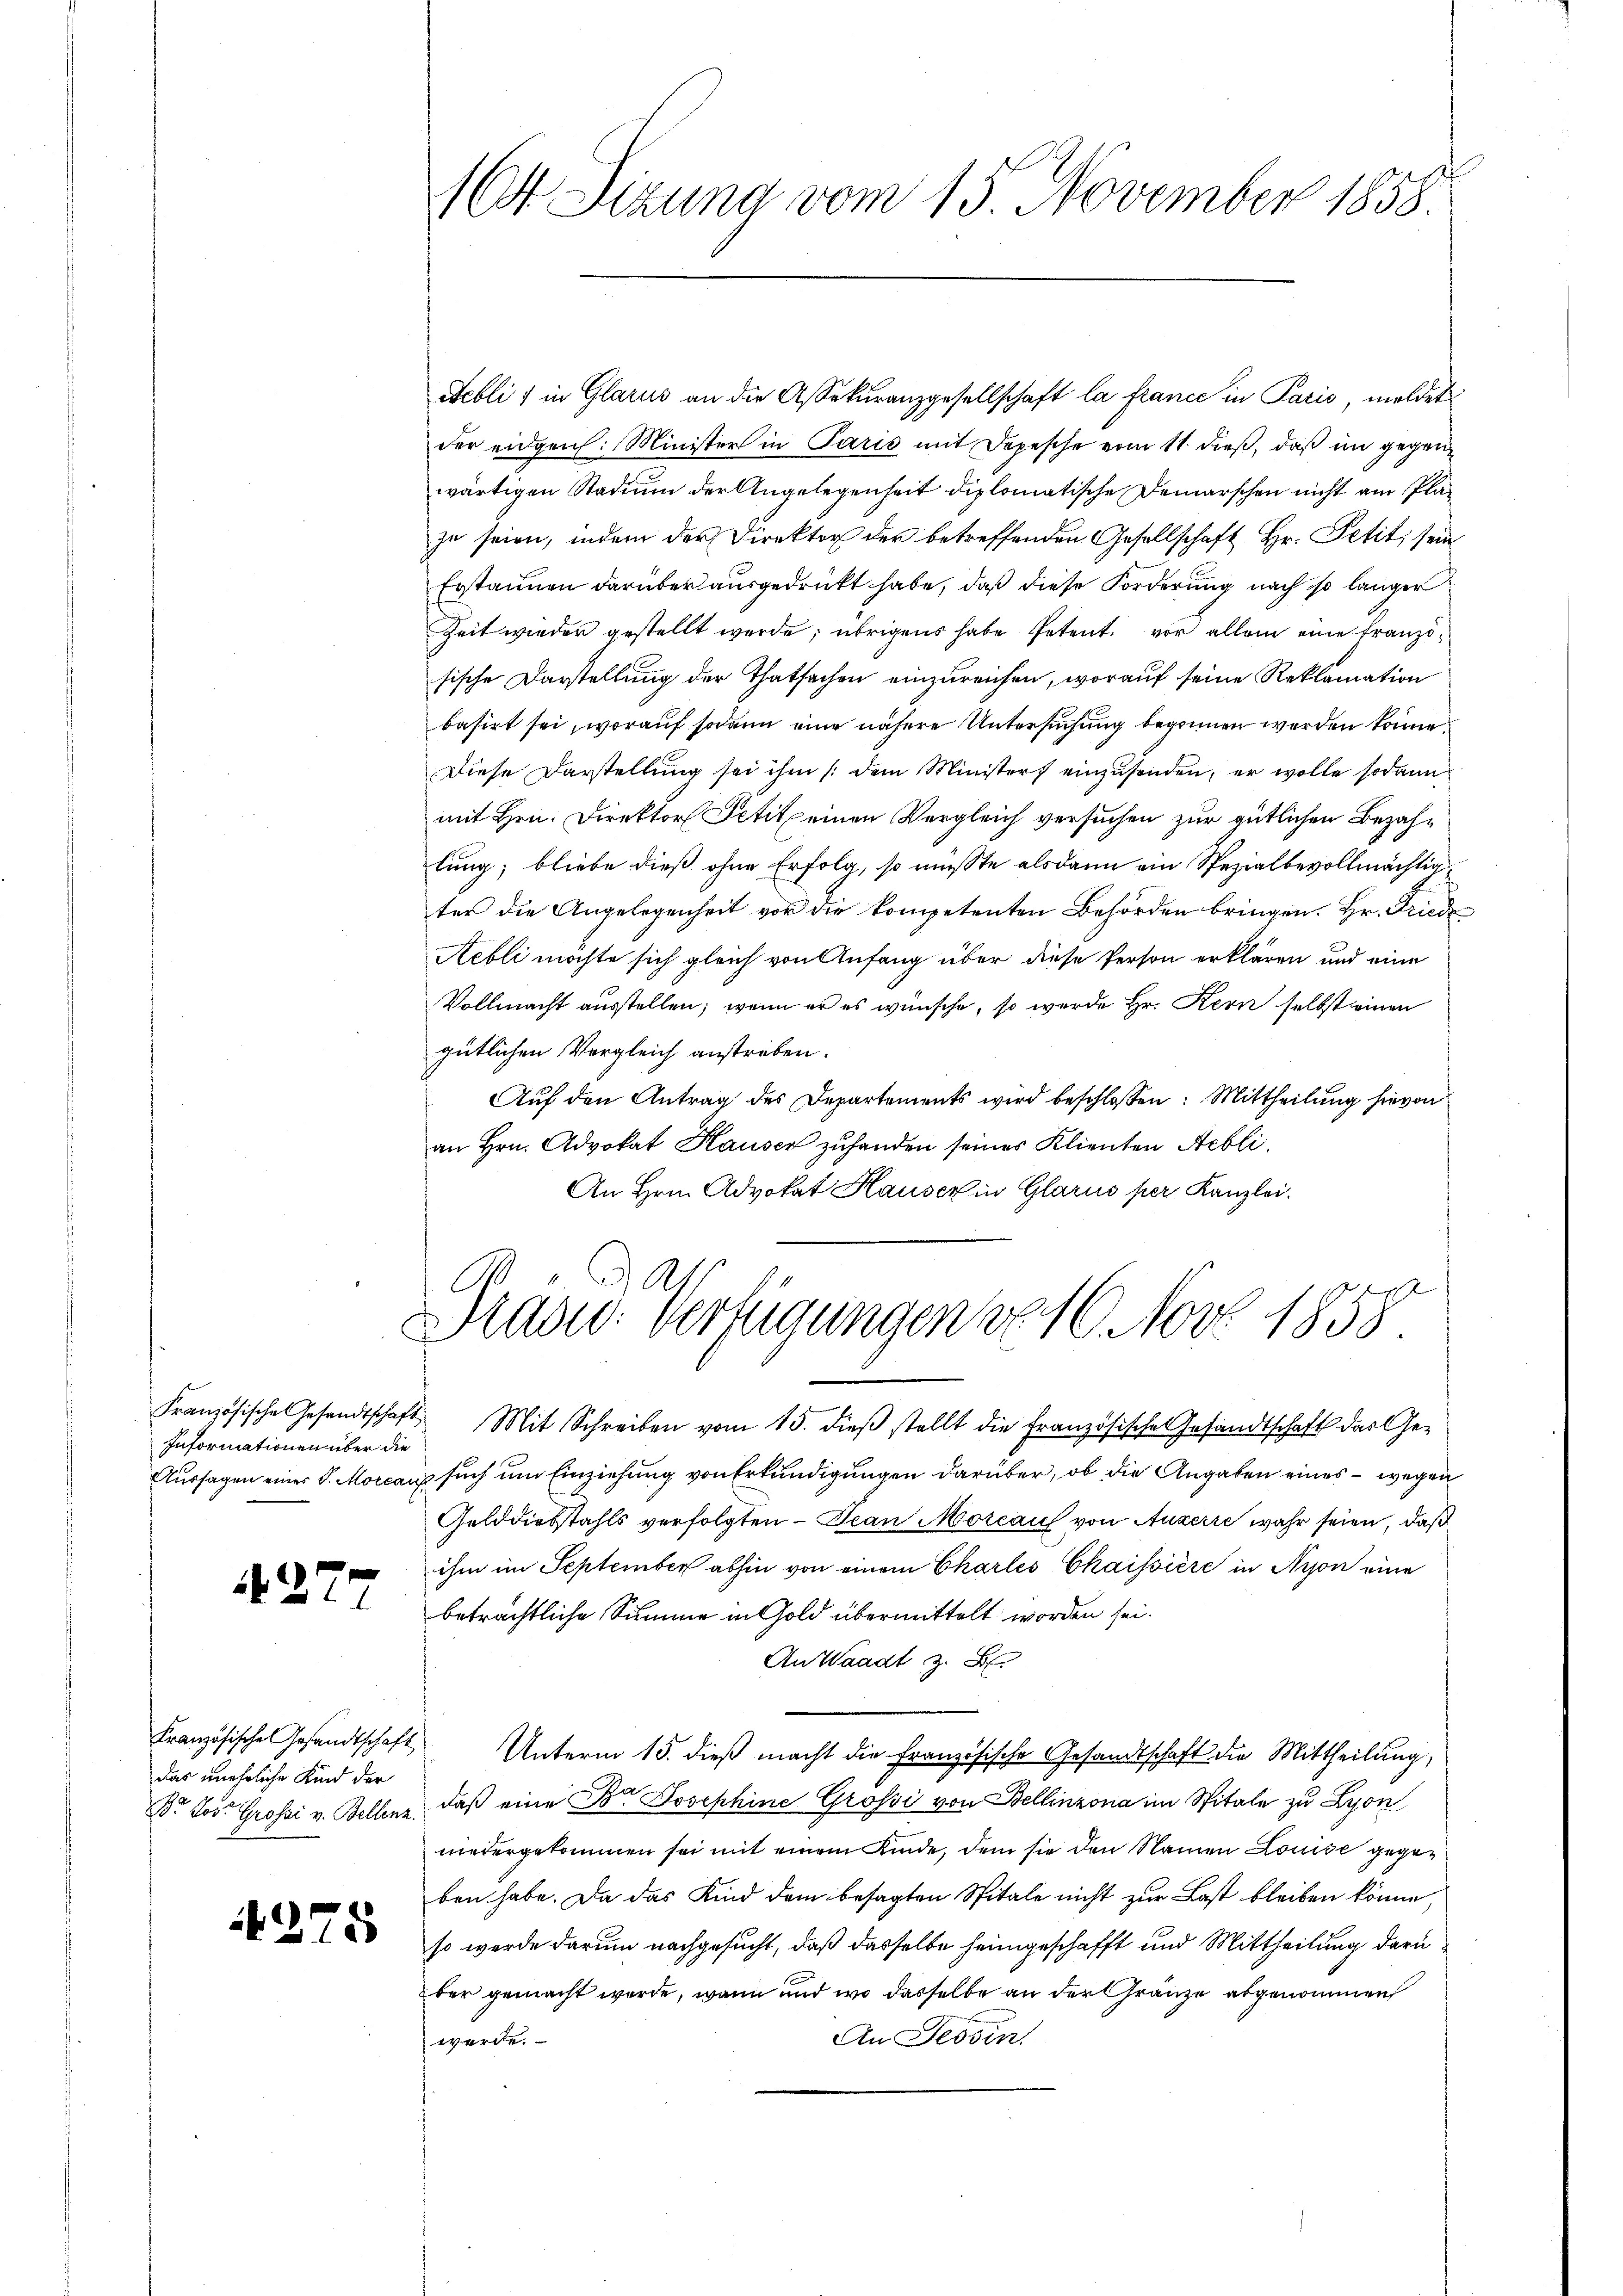
Informationen über die

A277

das unehrliche Kind der

275

164 Sizung vom 15. November 1858.

Febli) in Glarus an die Assekŭranzgesellschaft la france in Paris, meldet
der eidgen. Minister in Paris mit Depesche vom 11. dieß, daß im gegenwärtigen Stadium der Angelegenheit diplomatische Demarschen nicht am Plazu seien, indem der Direktor der betreffenden Gesellschaft Hr. Petit, sein
Erstaunen darüber ausgedrückt habe, daß diese Forderung nach so langer
Zeit wieder gestellt werde; übrigens habe Petent. vor allein eine Französische Darstellung der Thatsachen einzureichen, worauf seine Reklamation
basirt sei, worauf sodann eine nähere Untersuchung begonnen werden könne
Diese Darstellung sei ihm (dem Ministers einzusenden, er wolle sodann
mit Hrn. Direktor Petit einen Vergleich versuchen zur gütlichen Bezahlung; bliebe dieß ohne Erfolg, so müßte alsdann ein Spezialbevollmächtig
ter die Angelegenheit vor die kompetenten Behörden bringen. Hr. Friede¬
Aebli möchte sich gleich von Anfang über diese Person erklären und eine
Vollmacht ausstellen, wenn er es wünsche, so wurde Hr. Kern selbst einen
gütlichen Vergleich anstreben.
Aŭf den Antrag des Departements wird beschlossen: Mittheilung hievon
an Hrn. Advokat Hauser zuhanden seines Klienten Aebli¬
An Hrn. Advokat Hauser in Glarus per Kanzlei.
Präsid. Verfügungen v. 16. Nov 1858.
Französische Gesandtschaft Mit Schreiben vom 15. dieβ stellt die französische Gesandtschaft das Ge¬
Aussagen einer d. Morcar such um Einziehung von Erkundigungen darüber, ob die Angaben eines – wegen
Gelddiebstahls verfolgten - Jean Morcau von Auserre wahr seien, daß
ihm im September abhin von einem Charles Chaissiere in Nyon eine
beträchtliche Summe in Gold übermittelt worden sei.
An Waadt z. B.
Französische Gesandtschaft Unterm 15. dieß macht die Französische Gesandtschaft die Mittheilung,
Dr. Jos. Grossi v. Bellenz, daβ eine Dr. Josephine Grossi von Bellinzona im Spitale zu Lyon
niedergekommen sei mit einem Kinde, dem sie den Namen Louise gegeben habe. Da das Kind dem besagten Spitale nicht zur Last bleiben könne,
so werde darum nachgesucht, daß dasselbe heimgeschafft und Mittheilung darüber gemacht wurde, wann und wo dasselbe an der Gränze abgenommen
An Tessin
werde.